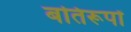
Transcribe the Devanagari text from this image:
बतिरूपों